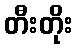
တီးတိုး